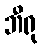
ဘီရု